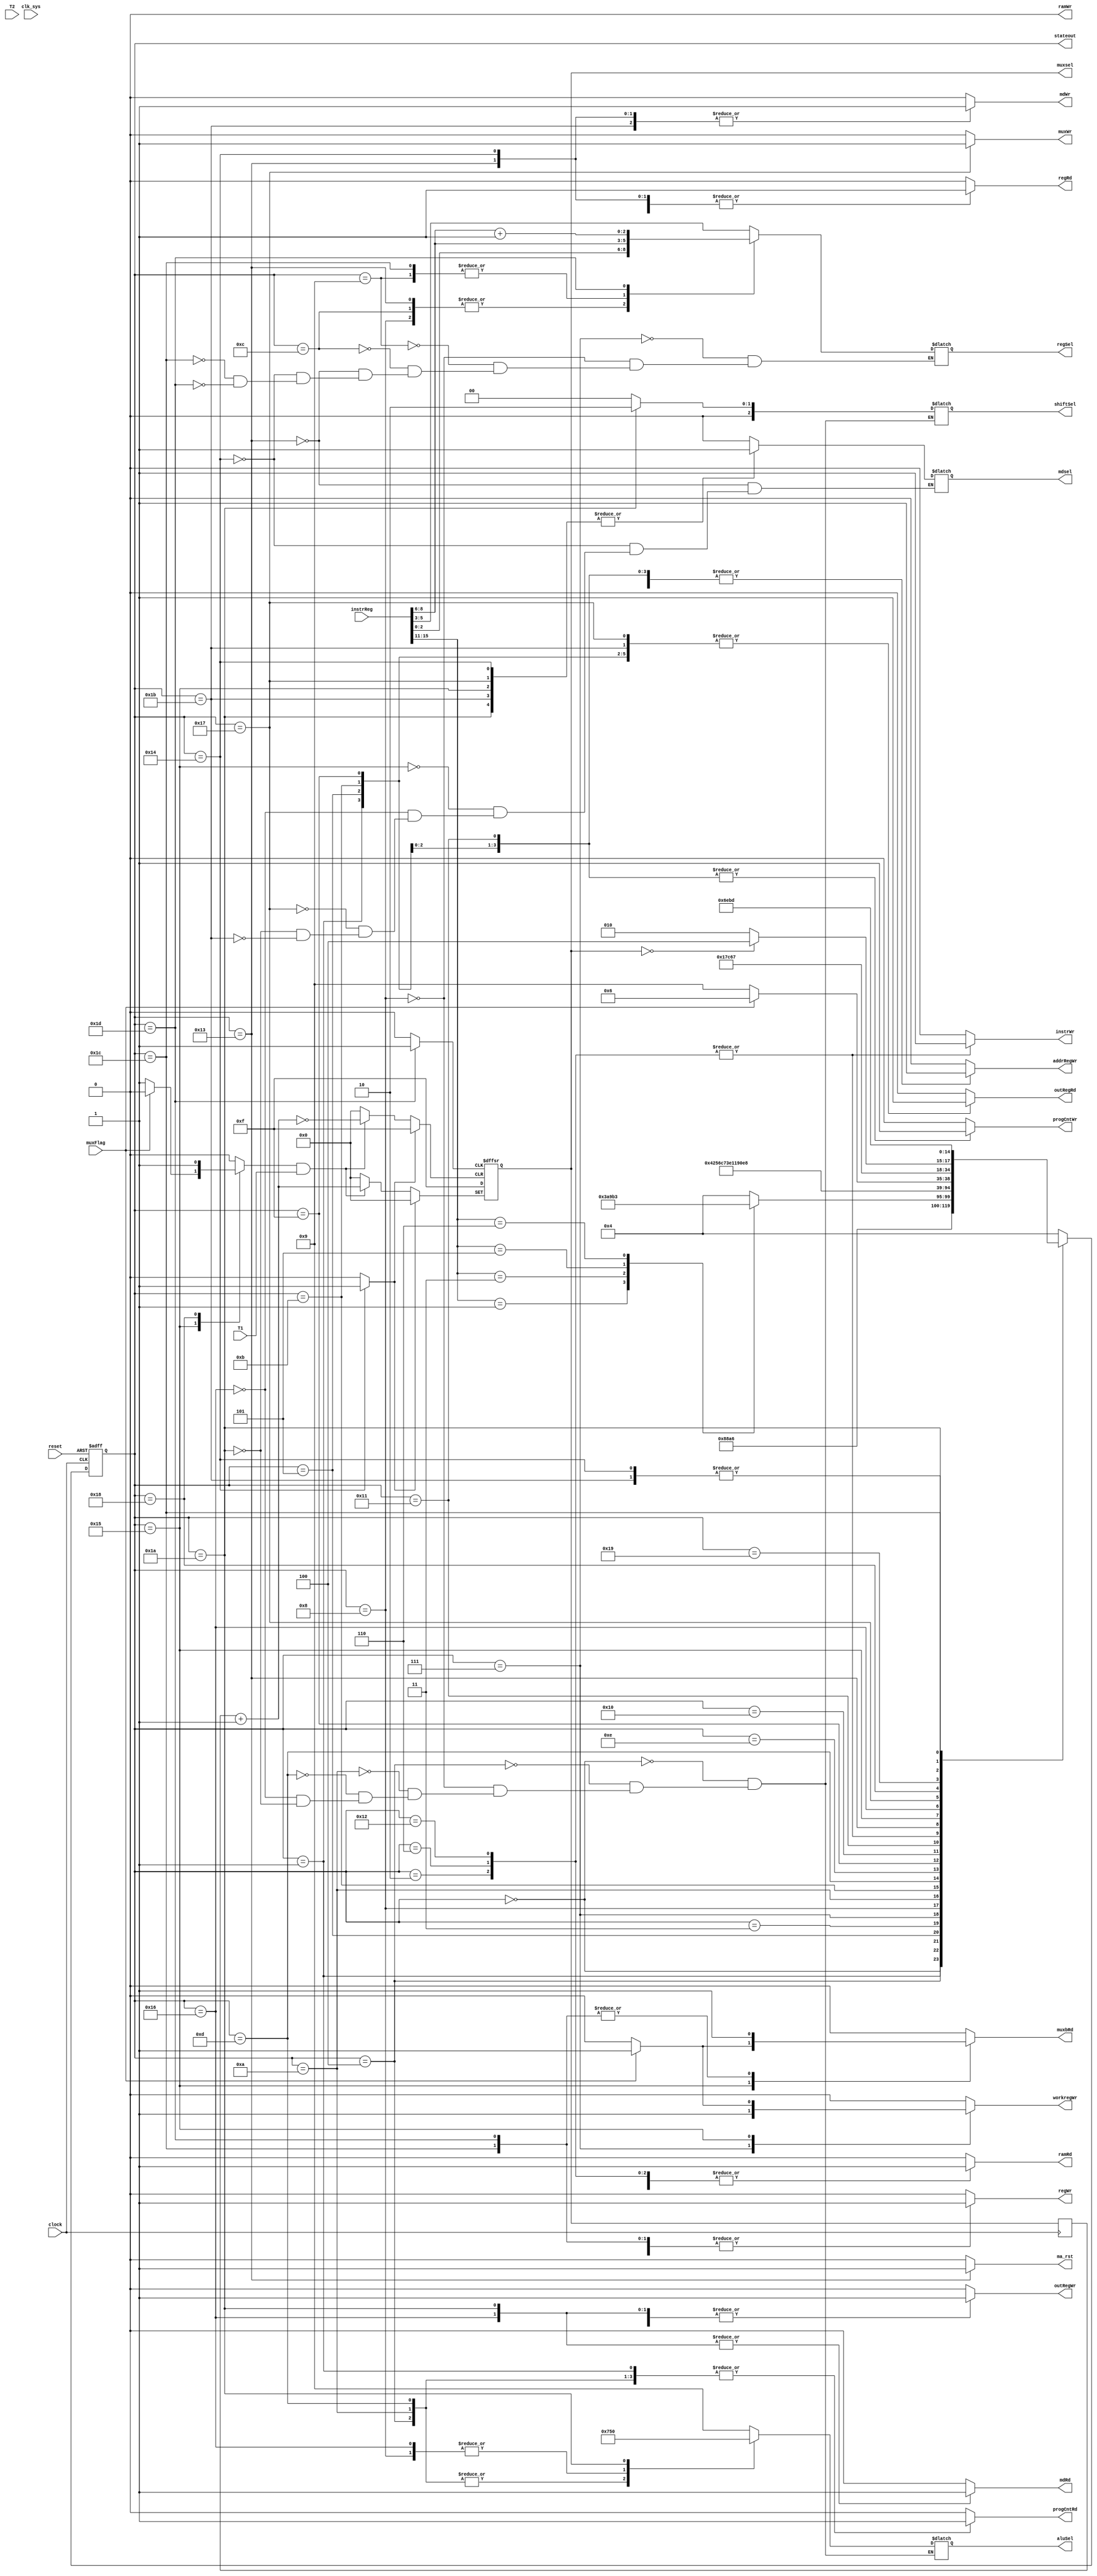
/*------------16------------*/
/*---------5---------*/
/*(16bit)*/
//5'b00001 	//ADD R3 R1 R2 R1R2R3 R3sR1R2
//5'b00010	//MOV  R1 R2 R2R1 R1R2
//5'b00110	//MUX  R3 R1 R2 R1R2,R3R3R4
/*---------------------------------*/

/*(32bit)*/
//5'b00011   	//LD R1 #xxxxH R116R1,
//5'b00100    //LDR R1 #xxxxHRAM/ROMR1
//5'b00101	//LJUMP #xxxxHPC
/*---------------------------------*/

/*----------------------*/
`define ENABLE 1'b1 
`define DISABLE 1'b0 


/*---------------------------------*/

module Contrlblock(
//
   input  wire clock,					//
	input  wire reset,			
	input  wire [15:0] instrReg,			//
	input  wire muxFlag,					//
	input	 wire clk_sys,					//
	input  wire T1,
	input  wire T2,
	
	output reg [2:0] regSel,			//
	output reg regRd,					//
	output reg regWr,					//,T2

	output reg [3:0] aluSel,			//alu

	output reg workregWr,				//,T1
	
 	output reg [2:0] shiftSel,

	output reg outRegWr,				//(),T2
	output reg outRegRd,				//

	output reg progCntRd,				//
	output reg progCntWr,				//,T1

	output reg addrRegWr,				//,T2

	output reg ramRd,					//ram,T1
	output reg ramWr,					//ram,T1
	
	output reg instrWr,				//,T2
	
	output reg [3:0] muxsel,			//
	output reg muxbRd,				
	output reg muxWr,
	output reg mdsel,					//()/()
	output reg mdRd,					//()/()
	output reg mdWr,					//()/()
	
	output wire [4:0] stateout,		//,current_state
	output reg ma_rst
	
);

//shiftSel
localparam sftpass=3'd0,sftl=3'd1,sftr=3'd2,rotl=3'd3,rotr=3'd4;
//aluSel
localparam alupass=4'd0,andOp=4'd1,orOp=4'd2,notOp=4'd3,xorOp=4'd4,plus=4'd5,sub=4'd6,inc=4'd7,dec=4'd8,zero=4'd9;
//CMP_V
localparam eq=0,neq=1,gt=2,gte=3,lt=4,lte=5;

// !
localparam reset1=0;
localparam reset2=1;
localparam reset3=2;
localparam execute=3;
localparam incPC1=4;
localparam incPC2=5;
localparam incPC3=6;
localparam adds1=7;
localparam adds2=8;
localparam adds3=9;
localparam ld1=10;
localparam ld2=11;
localparam ld3=12;
localparam ljump1=13;
localparam ljump2=14;
localparam ljump3=15;
localparam ljump4=16;
localparam ljump5=17;
localparam ljump6=18;
localparam mux1=19;	//h13
localparam mux2=20;	//h14
localparam mux3=21;	//h15
localparam mux4=22;	//h16
localparam mux4t1=23;//h17
localparam mux4t2=24;//h18
localparam mux5=25;	//h19
localparam mux6=26;	//h1a
localparam mux7=27;	//h1b
localparam mux8=28;	//h1c
localparam mux9=29;	//h1d

/*synthesis keep*/wire muxinc_Flag/*synthesis keep*/;
reg [4:0] current_state;
reg [4:0] next_state;

reg muxsel_rst;
reg muxsel_inc;
reg muxsel_max;


/*synthesis noprune*/reg [3:0] /*synthesis noprune*/muxsel_inter;

assign stateout=current_state;
assign muxinc_Flag=muxsel_inc&T1;

//
always @ (current_state or instrReg)						//waring(10240)
begin
	//
	regRd<=`DISABLE;	regWr<=`DISABLE; workregWr<=`DISABLE;	outRegWr<=`DISABLE;
	outRegRd<=`DISABLE; progCntRd<=`DISABLE; progCntWr<=`DISABLE; addrRegWr<=`DISABLE;
	ramRd<=`DISABLE; ramWr<=`DISABLE; instrWr<=`DISABLE; mdRd<=`DISABLE; mdWr<=`DISABLE;muxbRd<=`DISABLE;muxWr<=`DISABLE;ma_rst<=`DISABLE;muxsel_rst<=`DISABLE;
	muxsel_inc<=`DISABLE;muxsel_max<=`DISABLE;

	case(current_state)

	//
	reset1:
	begin
		//STEP
		aluSel<=zero;
		shiftSel<=sftpass;
		//T2
		outRegWr<=`ENABLE;
		next_state<=reset2;
	end
	reset2:
	begin
		//STEP
		outRegRd<=`ENABLE;
		//T1
		progCntRd<=`ENABLE;
		//T2,PC,0
		addrRegWr<=`ENABLE;
		next_state<=reset3;
	end
	reset3:
	begin
		//T1
		ramRd<=`ENABLE;
		//T2
		instrWr<=`ENABLE;
		next_state<=execute;
	end

	//
	incPC1:
	begin
		//STEP
		progCntRd<=`ENABLE;
		aluSel<=inc;						
		shiftSel<=sftpass;						
		//T2
		outRegWr<=`ENABLE;					
		next_state<=incPC2;
	end
	incPC2:
	begin
		//STEP
		outRegRd<=`ENABLE;
		//T1
		progCntWr<=`ENABLE;
		//T2
		addrRegWr<=`ENABLE;		
		next_state<=incPC3;
	end
	incPC3:
	begin
		//STEP
		outRegRd<=`DISABLE;
		//T1
		ramRd<=`ENABLE;
		//T2
		instrWr<=`ENABLE;					
		next_state<=execute;
	end


	//
	execute:
	begin
		case(instrReg[15:11])					//waring(10235)
		5'b00001:	next_state=adds1;
		5'b00011:   next_state=ld1;
		5'b00101:	next_state=ljump1;
		5'b00110:   next_state=mux1;
		default:	next_state=incPC1;
		endcase
	end

	//
	adds1:
	begin
		//STEP 										
		regSel<=instrReg[5:3];					//waring(10235)
		regRd<=`ENABLE;
		//T1
		workregWr<=`ENABLE;				
		//T2
		next_state<=adds2;
	end
	adds2:
	begin
		//STEP
		regSel<=instrReg[2:0];					//waring(10235)
		regRd<=`ENABLE;
		aluSel<=plus;					
		shiftSel<=sftpass;					
		//T2
		outRegWr<=`ENABLE;					
		next_state<=adds3;
	end	
	adds3:	//h09
	begin
		//STEP
		outRegRd<=`ENABLE;
		regSel<=instrReg[8:6];					//waring(10235)
		//T2
		regWr<=`ENABLE;
		next_state<=incPC1;
	end

	//
	ld1:
	begin
		//STEP
		progCntRd<=`ENABLE;
		aluSel<=inc;
		shiftSel<=sftpass;
		//T2
		outRegWr<=`ENABLE;
		next_state<=ld2;
	end
	ld2:		//h0b
	begin
		//STEP
		outRegRd<=`ENABLE;
		//T1
		progCntWr<=`ENABLE;
		//T2
		addrRegWr<=`ENABLE;
		next_state<=ld3;
	end
	ld3:	//h0c
	begin
		//T1
		ramRd<=`ENABLE;
		regSel<=instrReg[2:0];
		//T2
		regWr<=`ENABLE;
		next_state<=incPC1;
	end
	
	//
	ljump1:
	begin
		//STEP
		progCntRd<=`ENABLE;
		aluSel<=inc;
		shiftSel<=sftpass;
		//T2
		outRegWr<=`ENABLE;
		next_state<=ljump2;
	end
	ljump2:
	begin
		//STEP
		outRegRd<=`ENABLE;	//progCntRd<=`DISABLE;
		next_state<=ljump3;
	end
	ljump3:
	begin
		//STEP
		outRegRd<=`ENABLE;
		//T1
		progCntWr<=`ENABLE;
		//T2
		addrRegWr<=`ENABLE;
		next_state<=ljump4;
	end
	ljump4:
	begin
		//T1	
		ramRd<=`ENABLE;
		next_state<=ljump5;
	end
	ljump5:
	begin
		//
		ramRd<=`ENABLE;
		//T1
		progCntWr<=`ENABLE;
		//T2
		addrRegWr<=`ENABLE;
		next_state<=ljump6;
	end
	ljump6:
	begin
		//T1
		ramRd<=`ENABLE;
		//T2
		instrWr<=`ENABLE;
		next_state<=execute;
	end
	
	//		h13
	mux1:
	begin
		//STEP
		ma_rst<=`ENABLE;	//
		regSel<=instrReg[2:0];
		regRd<=`ENABLE;
		mdsel<=1'b0;
		//T2
		mdWr<=`ENABLE;
		next_state<=mux2;
	end
	mux2:		//h14
	begin
		//STEP
		ma_rst<=`DISABLE;
		regSel<=instrReg[5:3];
		regRd<=`ENABLE;
		mdsel<=1'b1;
		//T2
		mdWr<=`ENABLE;
		muxsel_rst<=`ENABLE;//STEP
		next_state<=mux3;
	end
	mux3:		//h15
	begin
		mdsel<=1'b1;
		//STEP
		if(muxFlag==1'b1)
		begin	
			muxbRd<=`ENABLE;	
			//T1
			workregWr<=`ENABLE;	//muxbans
			next_state<=mux4;
		end
		else 
		begin
		muxsel_inc<=`ENABLE;
		next_state<=mux5;
		end
	end
	mux4:		//muxbans	h16
	begin
		//STEP
		mdsel<=1'b0;
		mdRd<=`ENABLE;
		aluSel<=plus;
		shiftSel<=sftpass;
		//T2
		outRegWr<=`ENABLE;
		next_state<=mux4t1;
	end
	mux4t1:	//	h17
	begin
		mdsel<=1'b1;
		outRegRd<=`ENABLE;
		//T1
		muxWr<=`ENABLE;
		next_state<=mux4t2;
	end
	mux4t2:	//muxsel	h18
	begin
		muxsel_inc<=`ENABLE;
		next_state<=mux5;
	end
	mux5:							//h19
	begin
		//STEP
		//T1
		if(muxsel==4'h0)
			next_state<=mux8;
		else
			next_state<=mux6;
	end
	mux6:		//		h1a
	begin
		//STEP
		mdsel<=1'b1;
		mdRd<=`ENABLE;
		aluSel<=alupass;
		shiftSel<=sftr;
		//T2
		outRegWr<=`ENABLE;
		next_state<=mux7;
	end
	mux7:				//h1b
	begin	//
		//STEP
		mdsel<=1'b1;
		outRegRd<=`ENABLE;
		//T1
		mdWr<=`ENABLE;
		next_state<=mux3;
	end	
	mux8:				//h1c
	begin
		//STEP
		muxbRd<=`ENABLE;
		regSel<=instrReg[8:6];
		//T2
		regWr<=`ENABLE;
		next_state<=mux9;
	end
	mux9:				//h1d
	begin
		muxsel_max<=`ENABLE;
		muxbRd<=`ENABLE;
		regSel<=instrReg[8:6]+3'h1;
		//T2
		regWr<=`ENABLE;
		next_state<=incPC1;
	end

	default:	next_state<=incPC1;	
	endcase
end

//
always @ (posedge clock or posedge reset)
if(reset==1'b1) current_state<=reset1; else current_state<=next_state;

always @ (posedge clock)
muxsel_inter<=muxsel;

always @ (posedge muxsel_rst or posedge muxinc_Flag or posedge muxsel_max)
if(muxsel_rst==1'b1)
	muxsel<=4'h0;
else if(muxinc_Flag==1'b1)
	muxsel<=muxsel_inter+4'h1;
else
	muxsel<=4'b1111;

endmodule